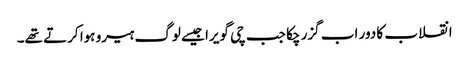
انقلاب کا دور اب گزر چکا جب چی گویرا جیسے لوگ ہیرو ہوا کرتے تھے۔